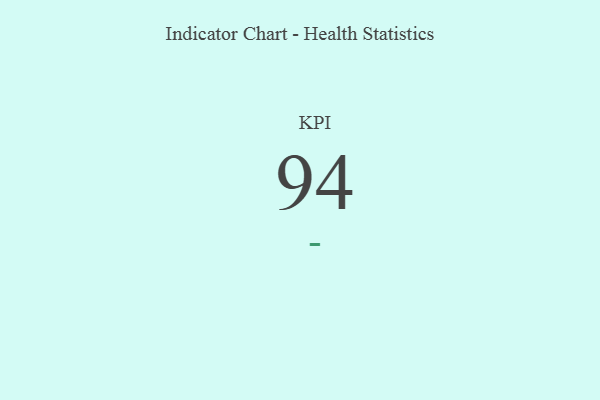
{"axis": {"x": "KPI", "y": "Value"}, "legend": [""], "data": [{"x": "KPI", "y": 94, "type": ""}]}